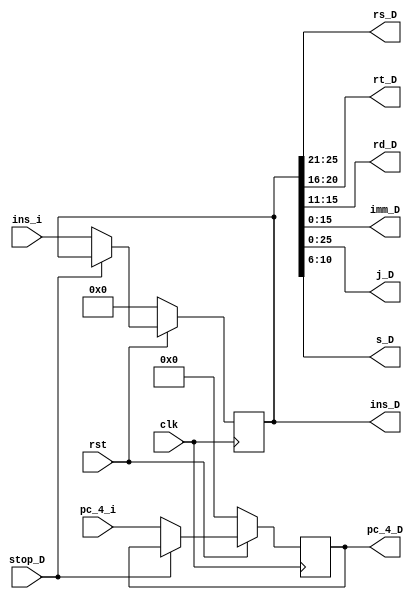
module reg_D( ins_i , pc_4_i , rs_D , rt_D , rd_D , imm_D , pc_4_D , j_D , s_D , ins_D , clk , rst , stop_D ) ;
	input		[31:0]		ins_i ;
	input		[31:2]		pc_4_i ;
	input					clk ;
	input					rst ;
	input					stop_D ;
	output		[25:21]		rs_D ;
	output		[20:16]		rt_D ;
	output		[15:11]		rd_D ;
	output		[15:0]		imm_D ;
	output		[25:0]		j_D ;
	output		[10:6]		s_D ;
	output		[31:2]		pc_4_D ;
	output		[31:0]		ins_D ;
	
	reg			[31:2]		pc_4 ;
	reg			[31:0]		ins ;
	
	assign pc_4_D = pc_4 ;
	assign rs_D = ins[25:21] ;
	assign rt_D = ins[20:16] ;
	assign rd_D = ins[15:11] ;
	assign imm_D = ins[15:0] ;
	assign j_D = ins[25:0] ;
	assign s_D = ins[10:6] ;
	assign ins_D = ins ;
	
	always @ ( posedge clk )
	begin
		if( rst == 0 )
		begin
			pc_4 = 0 ;
			ins = 0 ;
		end
		else if ( stop_D )
			;
		else
		begin
			pc_4 = pc_4_i ;
			ins = ins_i ;
		end
	end
endmodule